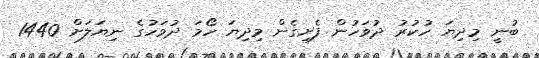
ބުނީ މިދިޔަ ހުކުރު ދުވަހުން ފެށިގެން މިދިޔަ ހޯމަ ދުވަހުގެ ނިޔަލަށް 1440